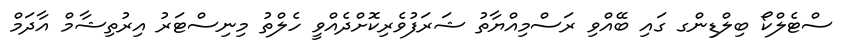
ސްޓެލްކޯ ބިލްޑިންގ ގައި ބޭއްވި ރަސްމިއްޔާތު ޝަރަފުވެރިކޮށްދެއްވީ ހެލްތު މިނިސްޓަރު އިރުތިޝާމް އާދަމް